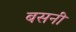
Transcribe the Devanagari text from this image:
बसनीं